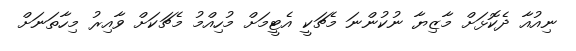
ނިއުއާ ދެކޮޅަށް މާޒިޔާ ނުކުންނަ މެޗަކީ އެޓީމަށް މުހިއްމު މެޗަކަށް ވާއިރު މިހާތަނަށް